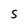
Character: S